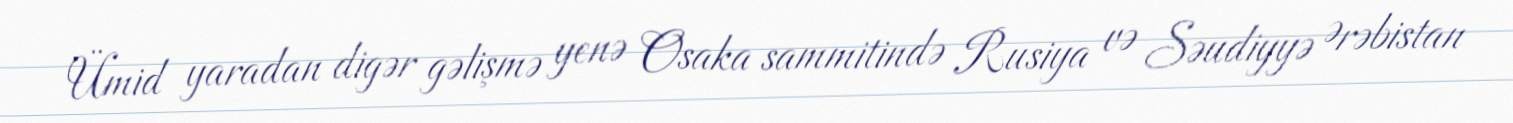
Ümid yaradan digər gəlişmə yenə Osaka sammitində Rusiya və Səudiyyə Ərəbistan